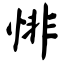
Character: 悱